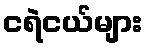
ငရဲငယ်များ